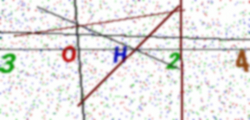
Text: 3OH24